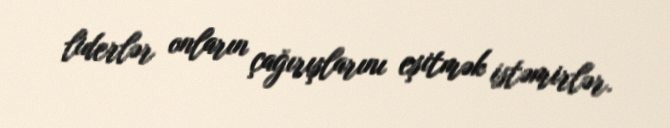
liderlər onların çağırışlarını eşitmək istəmirlər.